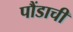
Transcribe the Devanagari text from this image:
पौंडाची